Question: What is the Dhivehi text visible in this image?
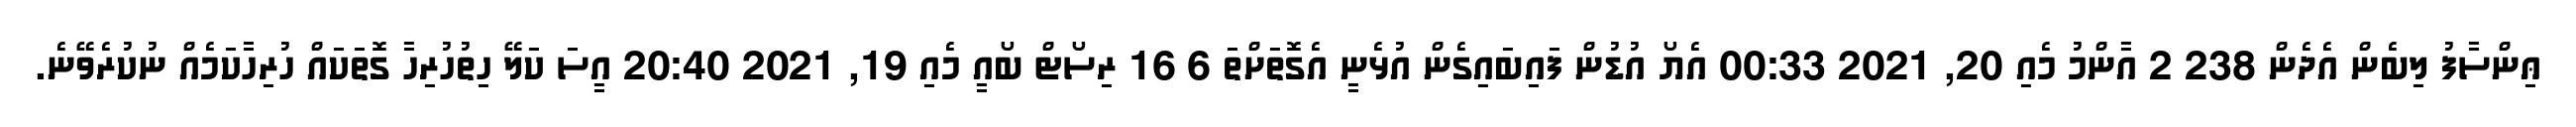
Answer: ޢިންސާފު ލިބެން އެދެން 238 2 އާންމު މެއި 20, 2021 00:33 އެޔޯ އުޑުން ފައިބައިގެން އުޅެނީ އެގޮތަށްތަ 6 16 ރިސޯޓް ބޯއީ މެއި 19, 2021 20:40 އީސަ ކަލޭ ހިތުހުރިހާ ގޮތަކައް ހުރިހާކަމެއް ނުކުރެވޭނެ.